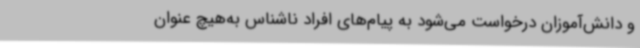
و دانش‌آموزان درخواست می‌شود به پیام‌های افراد ناشناس به‌هیچ عنوان